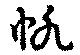
帆